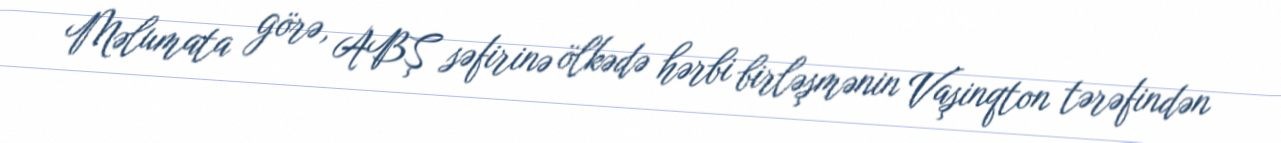
Məlumata görə, ABŞ səfirinə ölkədə hərbi birləşmənin Vaşinqton tərəfindən